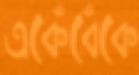
একেঁবেঁকে